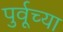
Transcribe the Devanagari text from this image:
पुर्वूच्या